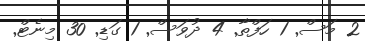
2 މަސް